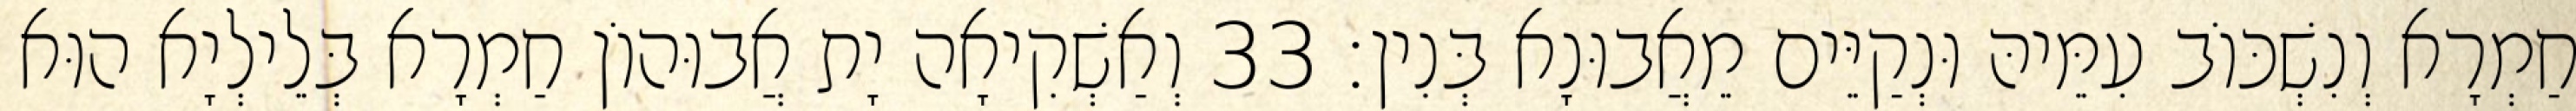
חַמְרָא וְנִשְׁכּוֹב עִמֵּיהּ וּנְקַיֵּים מֵאֲבוּנָא בְּנִין׃ 33 וְאַשְׁקִיאָה יָת אֲבוּהוֹן חַמְרָא בְּלֵילְיָא הוּא